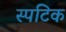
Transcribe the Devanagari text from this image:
स्पटिक